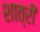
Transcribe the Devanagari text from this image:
शात्री